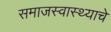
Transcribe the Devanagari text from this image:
समाजस्वास्थ्याचे